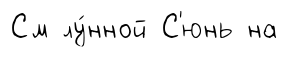
См лу́нной С'юнь на